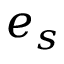
e _ { s }